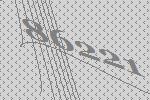
86221